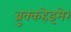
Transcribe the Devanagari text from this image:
ब्रुक्कहेइमेर